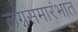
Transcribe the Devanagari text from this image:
लग्नसमारंभात